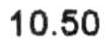
10.50